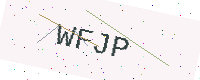
Text: WFJP